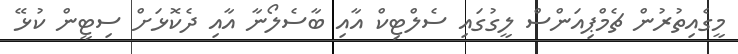
މީގެއިތުރުން ޗެމްޕިއަންސް ލީގުގައި ސެލްޓިކް އާއި ބާސެލޯނާ އާއި ދެކޮޅަށް ސިޓީން ކުޅޭ